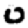
Digit: 0